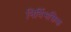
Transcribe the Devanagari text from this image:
निर्विभक्तिक